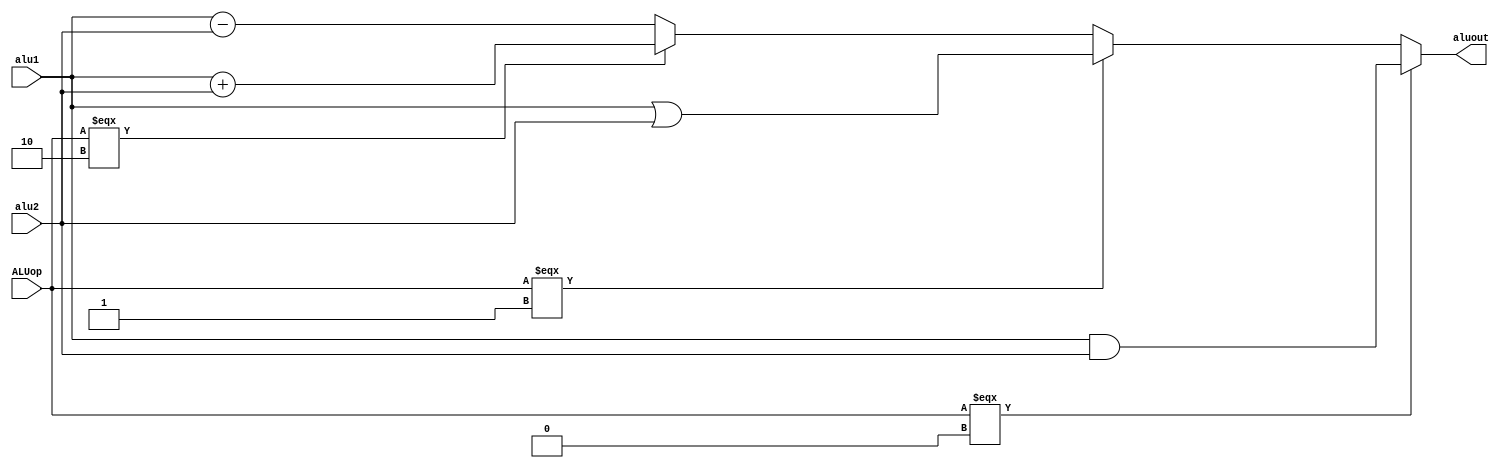
`timescale 1ns / 1ps
//////////////////////////////////////////////////////////////////////////////////
// Company: 
// Engineer: 
// 
// Design Name: 
// Module Name:    ALU 
// Project Name: 
// Target Devices: 
// Tool versions: 
// Description: 
//
// Dependencies: 
//
// Revision: 
// Revision 0.01 - File Created
// Additional Comments: 
//
//////////////////////////////////////////////////////////////////////////////////
module ALU(
    input [31:0] alu1,
    input [31:0] alu2,
    input [3:0] ALUop,
    output [31:0] aluout
    );
    
assign aluout = (ALUop === 0)?alu1 & alu2:
					(ALUop === 1)?alu1 | alu2:
					(ALUop === 2)?alu1 + alu2:alu1 - alu2;

endmodule